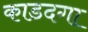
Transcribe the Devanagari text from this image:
काडदगा